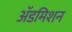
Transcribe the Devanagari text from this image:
अॅडमिशन